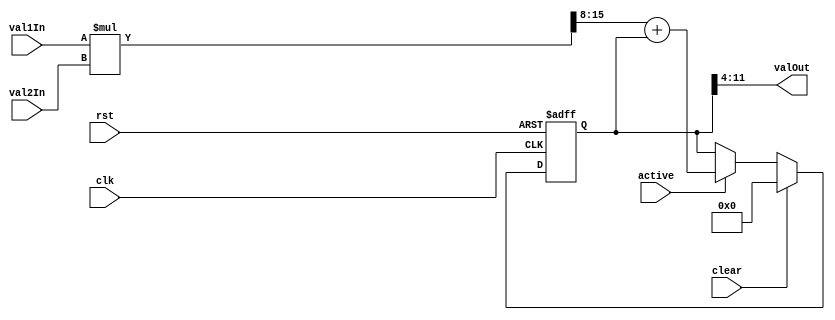
module MAC(clk, rst, active, clear, val1In, val2In, valOut);

    input wire[0:0] clk, rst, active, clear;
    input wire[7:0] val1In, val2In;

    output wire[7:0] valOut;

    reg[11:0] temp_add;

    wire[15:0] res = val1In * val2In;

    always @(posedge clk, posedge rst) begin
        if(rst) temp_add <= 12'b0;
        else if(clear) temp_add <= 12'b0;
        else if(active) temp_add <= res[15:8] + temp_add;
    end

    assign valOut = temp_add[11:4];

endmodule